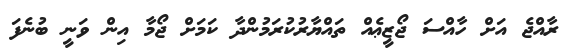
ރާއްޖެ އަށް ހާއްސަ ޖޯޒީޢެއް ތައްޔާރުކުރަމުންދާ ކަމަށް ޖޯމާ އިން ވަނީ ބުނެފަ